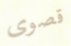
قصوى